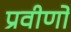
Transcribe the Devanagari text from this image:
प्रवीणों